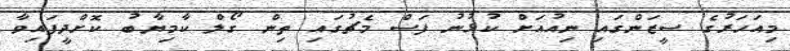
މިއަހަރުގެ ސީޒަންގައި ނިއުއަށް ކުޅުނު ފަސް މެޗުގައި ތިން ގޯލް ކާމިޔާބު ކޮށްދީފައިވާ